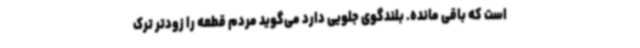
است که باقی مانده. بلندگوی جلویی دارد می‌گوید مردم قطعه را زودتر ترک